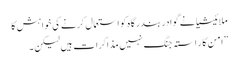
ملائیشیا نے گوادر بندرگاہ کو استعمال کرنے کی خواہش کا
”امن کا ر استہ جنگ نہیں مذاکرات ہیں لیکن ۔